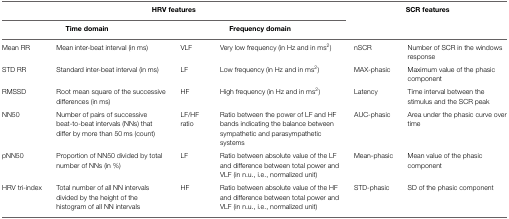
| <COLSPAN=4> HRV features | <COLSPAN=2> SCR features |
 | <COLSPAN=2> Time domain | <COLSPAN=2> Frequency domain |
 | --- | --- | --- | --- | --- | --- |
 | Mean RR | Mean inter-beat interval (in ms) | VLF | Very low frequency (in Hz and in ms2) | nSCR | Number of SCR in the windows response |
 | STD RR | Standard inter-beat interval (in ms) | LF | Low frequency (in Hz and in ms2) | MAX-phasic | Maximum value of the phasic component |
 | RMSSD | Root mean square of the successive differences (in ms) | HF | High frequency (in Hz and in ms2) | Latency | Time interval between the stimulus and the SCR peak |
 | NN50 | Number of pairs of successive beat-to-beat intervals (NNs) that differ by more than 50 ms (count) | LF/HF ratio | Ratio between the power of LF and HF bands indicating the balance between sympathetic and parasympathetic systems | AUC-phasic | Area under the phasic curve over time |
 | pNN50 | Proportion of NN50 divided by total number of NNs (in %) | LF | Ratio between absolute value of the LF and difference between total power and VLF (in n.u., i.e., normalized unit) | Mean-phasic | Mean value of the phasic component |
 | HRV tri-index | Total number of all NN intervals divided by the height of the histogram of all NN intervals | HF | Ratio between absolute value of the HF and difference between total power and VLF (in n.u., i.e., normalized unit) | STD-phasic | SD of the phasic component |